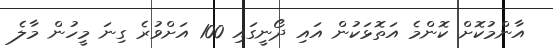
އާންމުކޮށް ކޮންމެ އަތޮޅަކުން އައި ދޯނީގައި 100 އަށްވުރެ ގިނަ މީހުން މާލެ